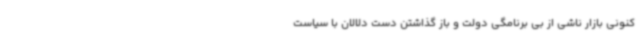
کنونی بازار ناشی از بی برنامگی دولت و باز گذاشتن دست دلالان با سیاست